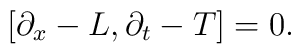
\left[ \partial _x-L,\partial _t-T\right] =0.